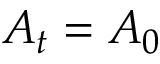
A _ { t } = A _ { 0 }